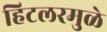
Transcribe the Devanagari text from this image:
हिटलरमुळे